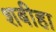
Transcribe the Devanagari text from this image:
शबीहा